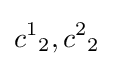
{c^{1}}_{2},{c^{2}}_{2}